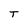
Character: T